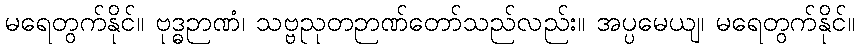
မရေတွက်နိုင်။ ဗုဒ္ဓဉာဏံ၊ သဗ္ဗညုတဉာဏ်တော်သည်လည်း။ အပ္ပမေယျ၊ မရေတွက်နိုင်။